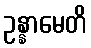
ဥန္နာမေတိ